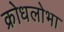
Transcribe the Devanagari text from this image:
क्रोधलोभा